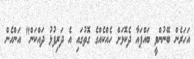
އަހަރެން ބޭނުންވީ ބައްޕައާ ދެކޮޅަށް ހެއްކެއްގެ ގޮތުގައި އެ ދަރިފުޅު ދައްކަން" އަންހެން